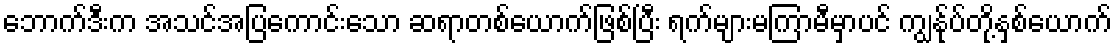
ဘောက်ဒီးက အသင်အပြကောင်းသော ဆရာတစ်ယောက်ဖြစ်ပြီး ရက်များမကြာမီမှာပင် ကျွန်ုပ်တို့နှစ်ယောက်